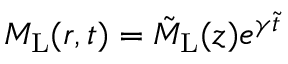
M _ { \mathrm { L } } ( r , t ) = \tilde { M } _ { \mathrm { L } } ( z ) e ^ { \gamma \tilde { t } }